Sanitation, dispensaries and jails vaccination Rajputana 1922-1927 - 1922-1927
Year: 1922
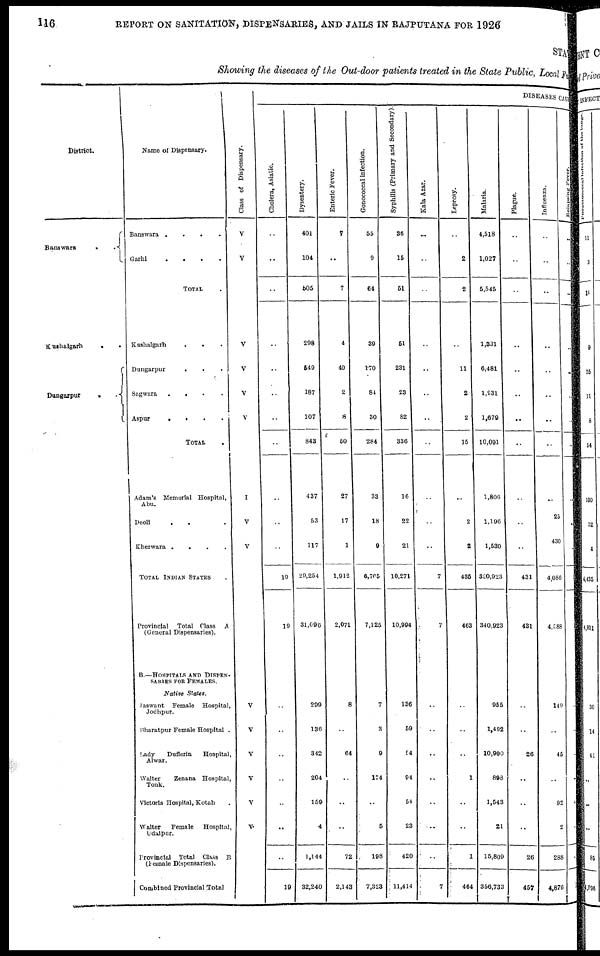
116
REPORT ON SANITATION, DISPENSARIES, AND JAILS IN RAJPUTANA FOR 1926
STATE
Showing the diseases of the Out-door patients treated in the State Public, Local Fund
District.
Banswara
.
.
Kushalgarh
.
.
Dungarpur
.
.
Name of Dispensary.
Banswara
.
.
.
.
Garhi
. . . .
TOTAL .
Kushalgarh
. . . .
Dungarpur
. . .
Sagwara . . . .
Aspur . . . .
TOTAL .
Adam's Memorial Hospital, Abu,
Abu.
Deoli . . . .
Kherwara
.
.
.
.
TOTAL INDIAN STATES .
Provincial Total Class A
(General Dispensaries).
B.—HOSPITALS AND DISPEN-
SARIES FOR FEMALES.
Native
States.
Jaswant Female Hospital,
Jodhpur.
Bharatpur Female Hospital .
Lady Dufferin Hospital,
Alwar.
Walter Zenana Hospital,
Tonk.
Victoria Hospital, Kotah .
Walter Female Hospital,
Udaipur.
Provincial Total Class B
(Female Dispensaries).
Combined Provincial Total
Class of Dispensary.
V
V
V
V
V
V
I
V
V
V
V
V
V
V
V
DISEASES CA
Cholera, Asiatic.
..
..
..
..
..
..
..
..
..
..
..
19
19
..
..
..
..
..
..
..
19
Dysentery.
401
104
505
298
549
187
107
843
437
53
117
29,254
31,096
299
136
342
204
159
4
1,144
32,240
Enteric Fever.
7
..
7
4
40
2
8
50
27
17
1
1,912
2,071
8
..
64
..
..
..
72
2,143
Gonococcal infection.
55
9
64
39
170
84
30
284
33
18
9
6,765
7,125
7
3
9
174
..
5
198
7,323
Syphilis (Primary and Secondary).
36
15
51
51
231
23
82
336
16
22
21
10,271
10,994
136
59
54
94
54
23
420
11,414
Kala Azar.
..
..
..
..
..
..
..
..
..
..
..
7
7
..
..
..
..
..
..
..
7
Leprosy.
..
2
2
..
11
2
2
15
..
2
2
435
463
..
..
..
1
..
..
1
464
Malaria.
4,518
1,027
5,545
1,331
6,481
1,931
1,679
10,091
1,806
1,196
1,530
320,923
340,923
955
1,492
10,900
898
1,543
21
15,809
356,733
Plague.
..
..
..
..
..
..
..
..
..
..
..
431
431
..
..
26
..
..
..
26
457
Influenza
..
..
..
..
..
..
..
..
..
25
430
4,086
4,588
149
..
45
..
92
2
288
4,876
Relapsing Fever.
..
..
..
..
..
..
..
..
..
..
..
..
..
..
..
..
..
..
..
..
..